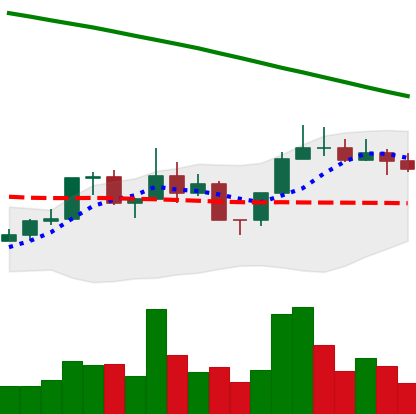
Ticker: NEO-USD
Chart end date: 2022-08-03
Forward return: 8.626%
Label: up_7plus